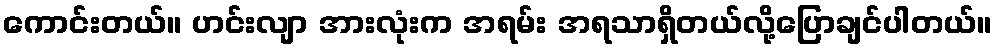
ကောင်းတယ်။ ဟင်းလျာ အားလုံးက အရမ်း အရသာရှိတယ်လို့ပြောချင်ပါတယ်။